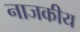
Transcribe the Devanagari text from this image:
नाजकीय